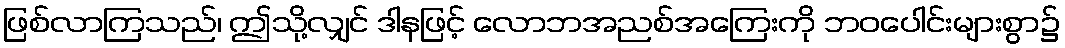
ဖြစ်လာကြသည်၊ ဤသို့လျှင် ဒါနဖြင့် လောဘအညစ်အကြေးကို ဘဝပေါင်းများစွာ၌